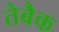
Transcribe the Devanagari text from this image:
तेबैक